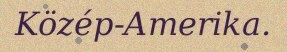
Közép-Amerika.